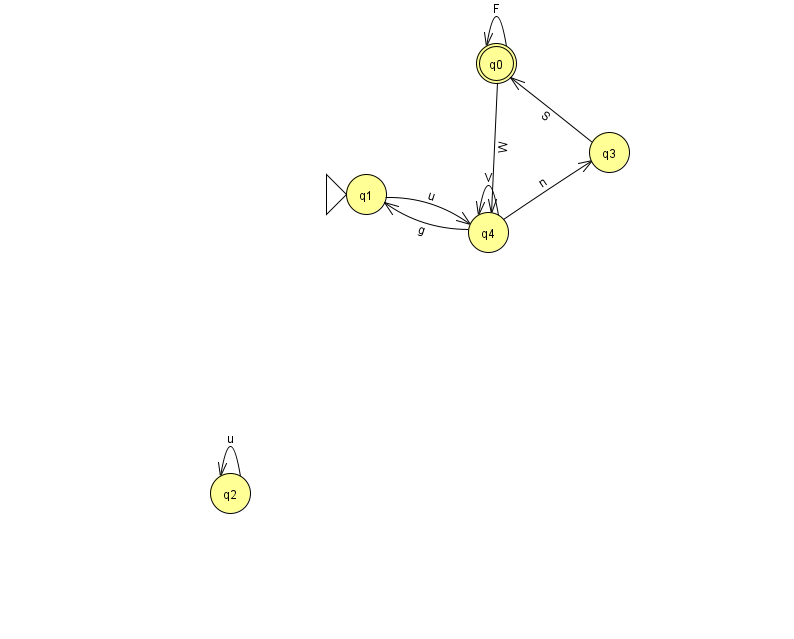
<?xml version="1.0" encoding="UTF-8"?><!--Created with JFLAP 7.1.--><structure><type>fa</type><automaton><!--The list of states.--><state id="0" name="q0"><x>496.0</x><y>50.0</y><final/></state><state id="1" name="q1"><x>366.0</x><y>181.0</y><initial/></state><state id="2" name="q2"><x>230.0</x><y>480.0</y></state><state id="3" name="q3"><x>609.0</x><y>139.0</y></state><state id="4" name="q4"><x>488.0</x><y>219.0</y></state><!--The list of transitions.--><transition><from>4</from><to>1</to><read>g</read></transition><transition><from>1</from><to>4</to><read>u</read></transition><transition><from>2</from><to>2</to><read>u</read></transition><transition><from>0</from><to>0</to><read>F</read></transition><transition><from>4</from><to>4</to><read>V</read></transition><transition><from>4</from><to>3</to><read>n</read></transition><transition><from>0</from><to>4</to><read>W</read></transition><transition><from>3</from><to>0</to><read>S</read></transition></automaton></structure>